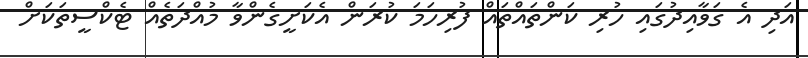
އަދި އެ ގަވާއިދުގައި ހުރި ކަންތައްތައް ފުރިހަމަ ކުރަން އެކަށީގެންވާ މުއްދަތެއް ޓެކްސީތަކަަށް